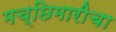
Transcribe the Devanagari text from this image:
मच्छिमारीचा